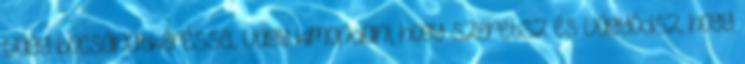
vagy bocsánatkéréssel, vagy kimondani, hogy szeretsz és vágyódsz, hogy